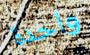
واحدة